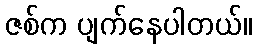
ဇစ်က ပျက်နေပါတယ်။